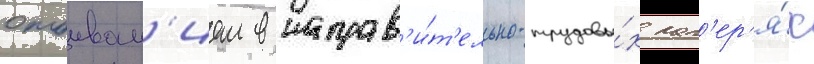
отбыван'ием в исправ'и́т'ельно-трудовы́х лаг'ер'я́х